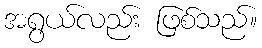
အရွယ်လည်း ဖြစ်သည်။